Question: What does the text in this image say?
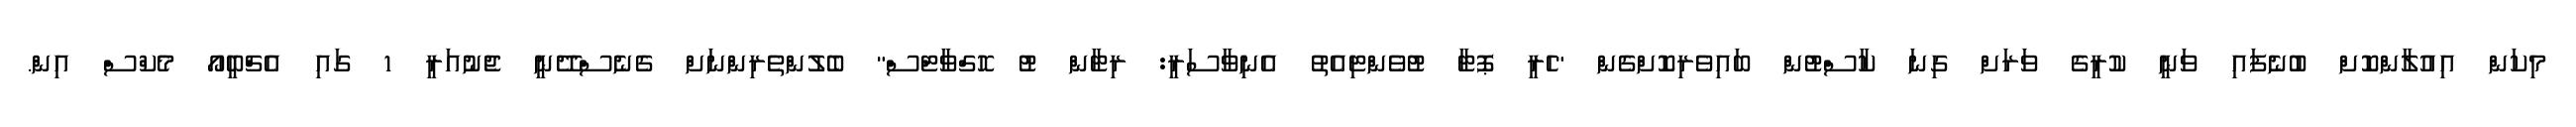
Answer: މިކަން އިއުލާންކޮށް ބުނެފައި ވަނީ ކުރީގެ ވަރަށް ގިނަ ކާސްޓުން ބައިވެރިކޮށްގެން "ހެރީ ޕޮޓާ ޓުވެންޓިއެތު އެނިވާސަރީ: ރިޓާން ޓު ހޮގްވާޓްސް" ބެލުންތެރިންނަށް ގެނެސްދޭނީ ޖެނުއަރީ 1 ގައި އެޗްބީއޯ މެކްސް އިން.